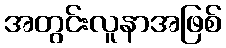
အတွင်းလူနာအဖြစ်